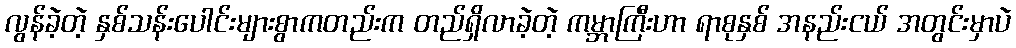
လွန်ခဲ့တဲ့ နှစ်သန်းပေါင်းများစွာကတည်းက တည်ရှိလာခဲ့တဲ့ ကမ္ဘာကြီးဟာ ရာစုနှစ် အနည်းငယ် အတွင်းမှာပဲ